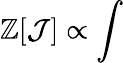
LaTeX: \mathbb{Z}[\mathcal{{J}}]\propto\int